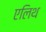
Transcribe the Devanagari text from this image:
एलिथ